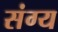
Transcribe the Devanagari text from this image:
संग्य